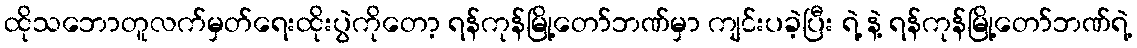
ထိုသဘောတူလက်မှတ်ရေးထိုးပွဲကိုတော့ ရန်ကုန်မြို့တော်ဘဏ်မှာ ကျင်းပခဲ့ပြီး ရဲ့ နဲ့ ရန်ကုန်မြို့တော်ဘဏ်ရဲ့